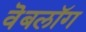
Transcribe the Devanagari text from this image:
वॆबलॉग